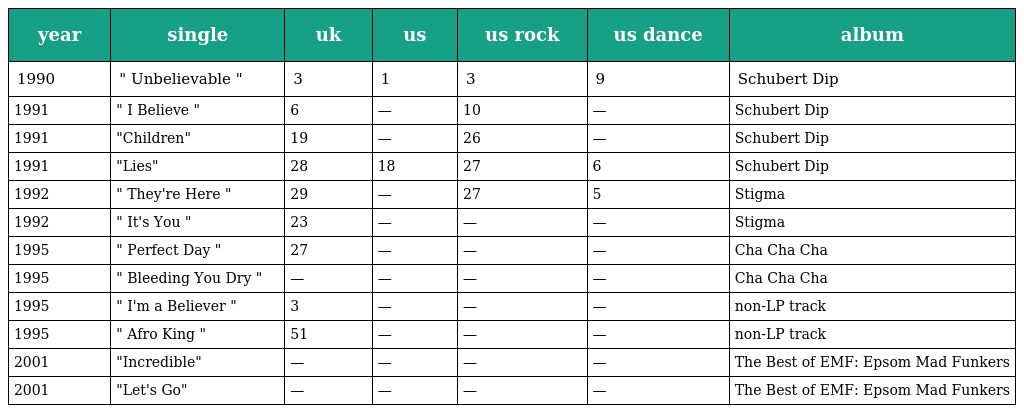
| year | single | uk | us | us rock | us dance | album |
 | --- | --- | --- | --- | --- | --- | --- |
 | 1990 | " Unbelievable " | 3 | 1 | 3 | 9 | Schubert Dip |
 | 1991 | " I Believe " | 6 | — | 10 | — | Schubert Dip |
 | 1991 | "Children" | 19 | — | 26 | — | Schubert Dip |
 | 1991 | "Lies" | 28 | 18 | 27 | 6 | Schubert Dip |
 | 1992 | " They're Here " | 29 | — | 27 | 5 | Stigma |
 | 1992 | " It's You " | 23 | — | — | — | Stigma |
 | 1995 | " Perfect Day " | 27 | — | — | — | Cha Cha Cha |
 | 1995 | " Bleeding You Dry " | — | — | — | — | Cha Cha Cha |
 | 1995 | " I'm a Believer " | 3 | — | — | — | non-LP track |
 | 1995 | " Afro King " | 51 | — | — | — | non-LP track |
 | 2001 | "Incredible" | — | — | — | — | The Best of EMF: Epsom Mad Funkers |
 | 2001 | "Let's Go" | — | — | — | — | The Best of EMF: Epsom Mad Funkers |